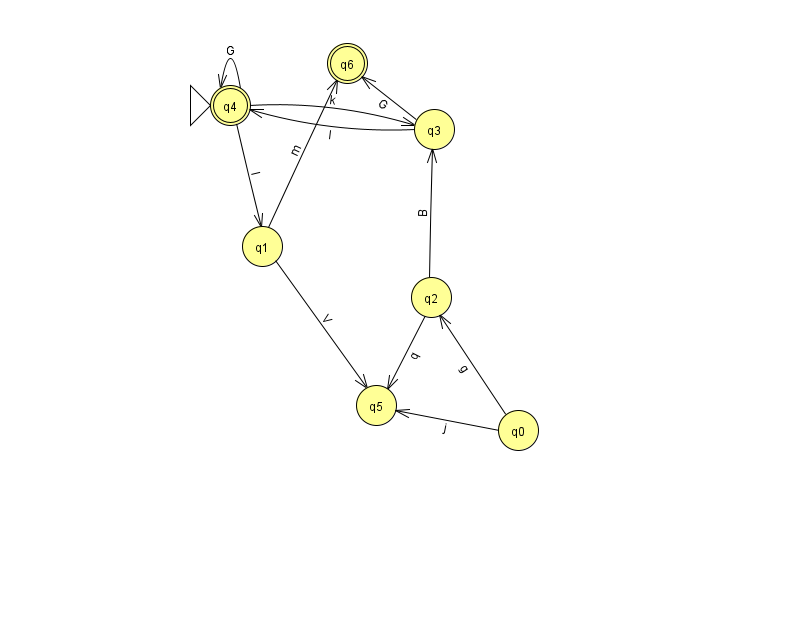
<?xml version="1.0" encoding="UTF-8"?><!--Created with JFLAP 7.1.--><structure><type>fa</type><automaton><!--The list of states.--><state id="0" name="q0"><x>518.0</x><y>417.0</y></state><state id="1" name="q1"><x>262.0</x><y>233.0</y></state><state id="2" name="q2"><x>431.0</x><y>284.0</y></state><state id="3" name="q3"><x>434.0</x><y>116.0</y></state><state id="4" name="q4"><x>230.0</x><y>92.0</y><initial/><final/></state><state id="5" name="q5"><x>376.0</x><y>392.0</y></state><state id="6" name="q6"><x>347.0</x><y>50.0</y><final/></state><!--The list of transitions.--><transition><from>3</from><to>6</to><read>G</read></transition><transition><from>1</from><to>6</to><read>m</read></transition><transition><from>4</from><to>1</to><read>l</read></transition><transition><from>4</from><to>4</to><read>G</read></transition><transition><from>3</from><to>4</to><read>l</read></transition><transition><from>1</from><to>5</to><read>V</read></transition><transition><from>2</from><to>5</to><read>q</read></transition><transition><from>0</from><to>2</to><read>g</read></transition><transition><from>2</from><to>3</to><read>B</read></transition><transition><from>0</from><to>5</to><read>j</read></transition><transition><from>4</from><to>3</to><read>k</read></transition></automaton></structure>